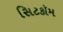
સિટકૉમ